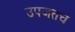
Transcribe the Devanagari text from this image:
उपजतचं